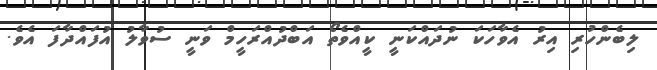
ލިބެންހުރި އިރު އެވާހަކަ ނުދައްކަނީ ކީއްވެތޯ އަބްދުއްރަހީމް ވަނީ ސުވާލު އުފައްދާފަ އެވެ.